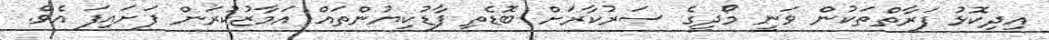
އިދިކޮޅު ފަރާތްތަކުން ވަނީ މޯދީގެ ސަރުކާރަށް ބޮޑެތި ފާޑުކިޔުންތައް އަމާޒުކުރަން ފަށައިފަ އެވެ.